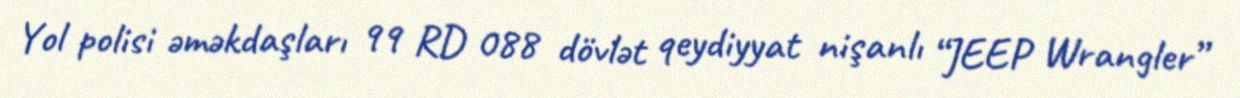
Yol polisi əməkdaşları 99 RD 088 dövlət qeydiyyat nişanlı “JEEP Wrangler”